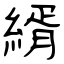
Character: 縃